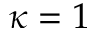
\kappa = 1